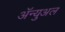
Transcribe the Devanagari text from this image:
ॲन्युअल